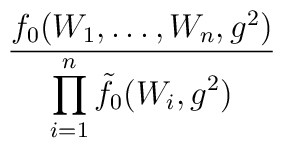
\frac{f_0(W_1,\ldots,W_n,g^2)}{\displaystyle\prod_{i=1}^n\tilde{f}_0	(W_i,g^2)}